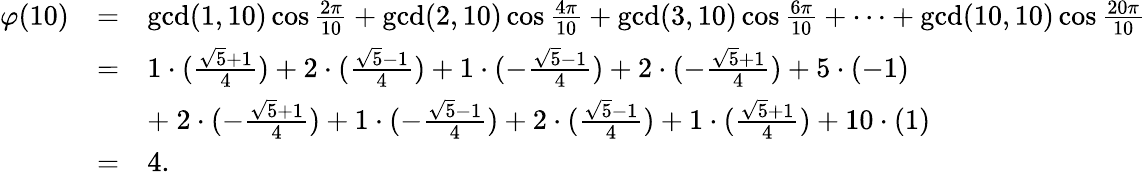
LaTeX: {\begin{array}{rcl}{\varphi(10)}&{=}&{\operatorname*{gcd}(1,10)\cos{\frac{2\pi}{10}}+\operatorname*{gcd}(2,10)\cos{\frac{4\pi}{10}}+\operatorname*{gcd}(3,10)\cos{\frac{6\pi}{10}}+\cdots+\operatorname*{gcd}(10,10)\cos{\frac{20\pi}{10}}}\\ &{=}&{1\cdot({\frac{{\sqrt{5}}+1}{4}})+2\cdot({\frac{{\sqrt{5}}-1}{4}})+1\cdot(-{\frac{{\sqrt{5}}-1}{4}})+2\cdot(-{\frac{{\sqrt{5}}+1}{4}})+5\cdot(-1)}\\ &&{+\ 2\cdot(-{\frac{{\sqrt{5}}+1}{4}})+1\cdot(-{\frac{{\sqrt{5}}-1}{4}})+2\cdot({\frac{{\sqrt{5}}-1}{4}})+1\cdot({\frac{{\sqrt{5}}+1}{4}})+10\cdot(1)}\\ &{=}&{4.}\end{array}}